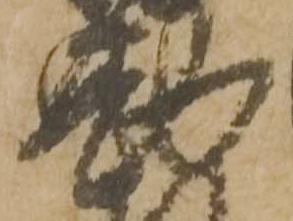
勘